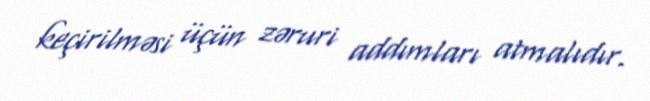
keçirilməsi üçün zəruri addımları atmalıdır.